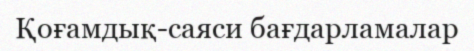
Қоғамдық-саяси бағдарламалар